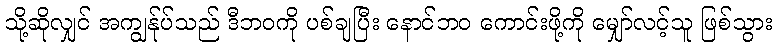
သို့ဆိုလျှင် အကျွန်ုပ်သည် ဒီဘဝကို ပစ်ချပြီး နောင်ဘဝ ကောင်းဖို့ကို မျှော်လင့်သူ ဖြစ်သွား